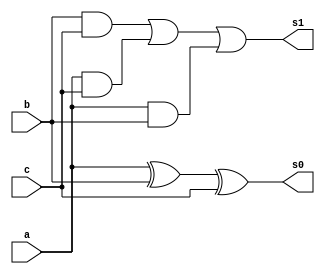
// ------------------------- 
// Exemplo0041 - FULL ADDER
// Nome: Marcio Santana Correa
// ------------------------- 

// -------------------------
//  full adder
// -------------------------
module fullAdder (output s1, output s0, input  a, input  b, input c);
	wire xorAB, and1, and2, and3;
	
	xor XOR1 (xorAB, a, b);
	and AND1 (and1, b, c);
	and AND2 (and2, a, c);
	and AND3 (and3, a, b);
	xor XOR2 (s0, xorAB, c);
	or  OR1  (s1, and1, and2, and3);
endmodule // fullAdder

module test_fullAdder;
// ------------------------- definir dados
   reg x;
	reg y;
	reg c;
	wire s1;
	wire s0;
	
	fullAdder modulo (s1, s0, x, y, c);
	
	initial begin: start
		x = 0; 
		y = 0;
		c = 0;
	end
	
// ------------------------- parte principal
   initial begin
      $display("Exemplo0021 - Marcio Santana Correa - 345368");
      $display("Test ALU's full adder");
		$display("a + b + c = s1 s0");
      $monitor("%b + %b + %b = %b  %b",x,y,c,s1,s0); 
		#1 x = 0; y = 0; c = 1;  
		#1 x = 0; y = 1; c = 0;
		#1 x = 0; y = 1; c = 1;
		#1 x = 1; y = 0; c = 0;
		#1 x = 1; y = 0; c = 1;
		#1 x = 1; y = 1; c = 0;
		#1 x = 1; y = 1; c = 1;
   end
endmodule // test_fullAdder

/*
    Exemplo0021 - Marcio Santana Correa -  345368
	     Test ALU's full adder
    a + b + c = s1 s0
    0 + 0 + 0 = 0  0
    0 + 0 + 1 = 0  1
    0 + 1 + 0 = 0  1
    0 + 1 + 1 = 1  0
    1 + 0 + 0 = 0  1
    1 + 0 + 1 = 1  0
    1 + 1 + 0 = 1  0
    1 + 1 + 1 = 1  1
*/